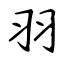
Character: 羽